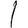
Digit: 1